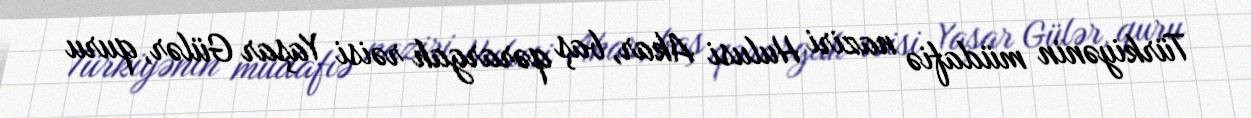
Türkiyənin müdafiə naziri Hulusi Akar, baş qərargah rəisi Yaşar Gülər, quru